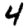
Digit: 4